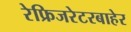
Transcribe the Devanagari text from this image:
रेफ्रिजरेटरबाहेर